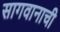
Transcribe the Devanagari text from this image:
सागवानाची